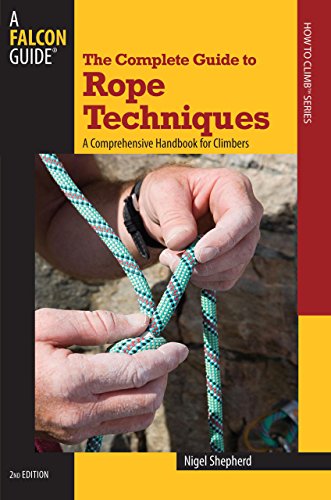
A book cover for Complete Guide to Rope Techniques: A Comprehensive Handbook For Climbers (Guide to Series); Nigel Shepherd; Sports & Outdoors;